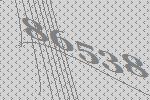
86538